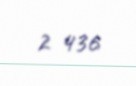
2 436